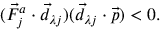
\begin{array} { r } { ( \vec { F } _ { j } ^ { a } \cdot \vec { d } _ { \lambda j } ) ( \vec { d } _ { \lambda j } \cdot \vec { p } ) < 0 . } \end{array}